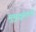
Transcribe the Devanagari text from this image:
मुमुक्षुंसाठी